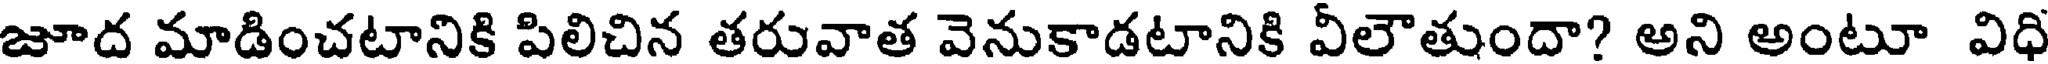
జూద మాడించటానికి పిలిచిన తరువాత వెనుకాడటానికి వీలౌతుందా? అని అంటూ విధి